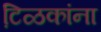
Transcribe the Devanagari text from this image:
टि़ळकांना